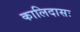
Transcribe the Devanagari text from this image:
कालिदासः